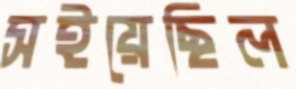
সইয়েছিল